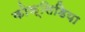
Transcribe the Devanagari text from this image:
कोक्सिडिया